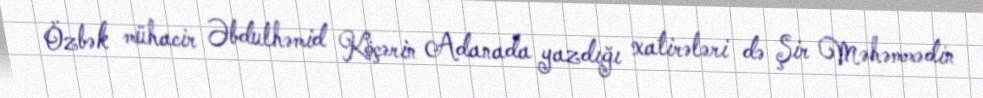
Özbək mühacir Əbdulhəmid Köçərin Adanada yazdığı xatirələri də Şir Məhəmmədin